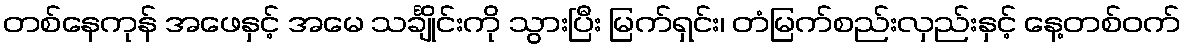
တစ်နေကုန် အဖေနှင့် အမေ သင်္ချိုင်းကို သွားပြီး မြက်ရှင်း၊ တံမြက်စည်းလှည်းနှင့် နေ့တစ်ဝက်